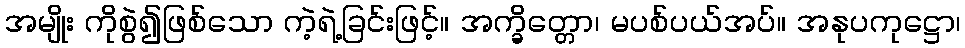
အမျိုး ကိုစွဲ၍ဖြစ်သော ကဲ့ရဲ့ခြင်းဖြင့်။ အက္ခိတ္တော၊ မပစ်ပယ်အပ်။ အနုပကုဋ္ဌော၊